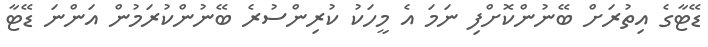
ޑޭޓާގެ އިތުރަށް ބޭނުންކޮށްފި ނަމަ އެ މީހަކު ކުރިންސުރެ ބޭނުންކުރަމުން އަންނަ ޑޭޓާ